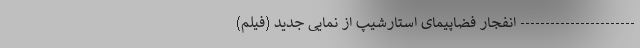
----------------------- انفجار فضاپیمای استارشیپ از نمایی جدید (فیلم)